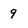
Character: 9